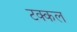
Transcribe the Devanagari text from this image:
टक्कल